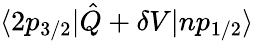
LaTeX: \langle 2p_{3/2}|\hat{Q}+\delta V|np_{1/2}\rangle